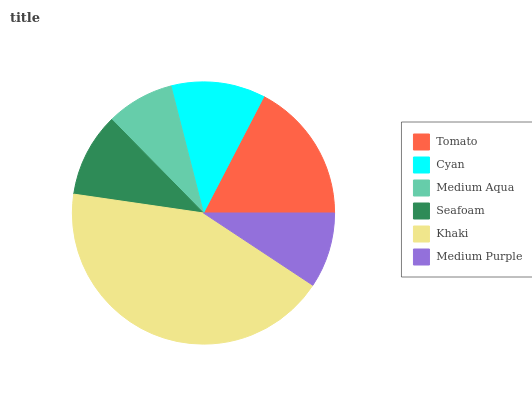
| Tomato | Cyan | Medium Aqua | Seafoam | Khaki | Medium Purple |
 | --- | --- | --- | --- | --- | --- |
 | 17.4% | 11.6% | 8.38% | 10.4% | 43% | 9.3% |